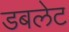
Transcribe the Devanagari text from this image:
डबलेट